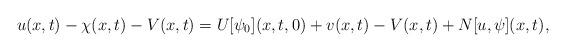
LaTeX: \begin{align*}u(x, t)-\chi(x, t)-V(x, t)=U[\psi_{0}](x, t, 0)+v(x, t)-V(x, t)+N[u, \psi](x, t), \end{align*}